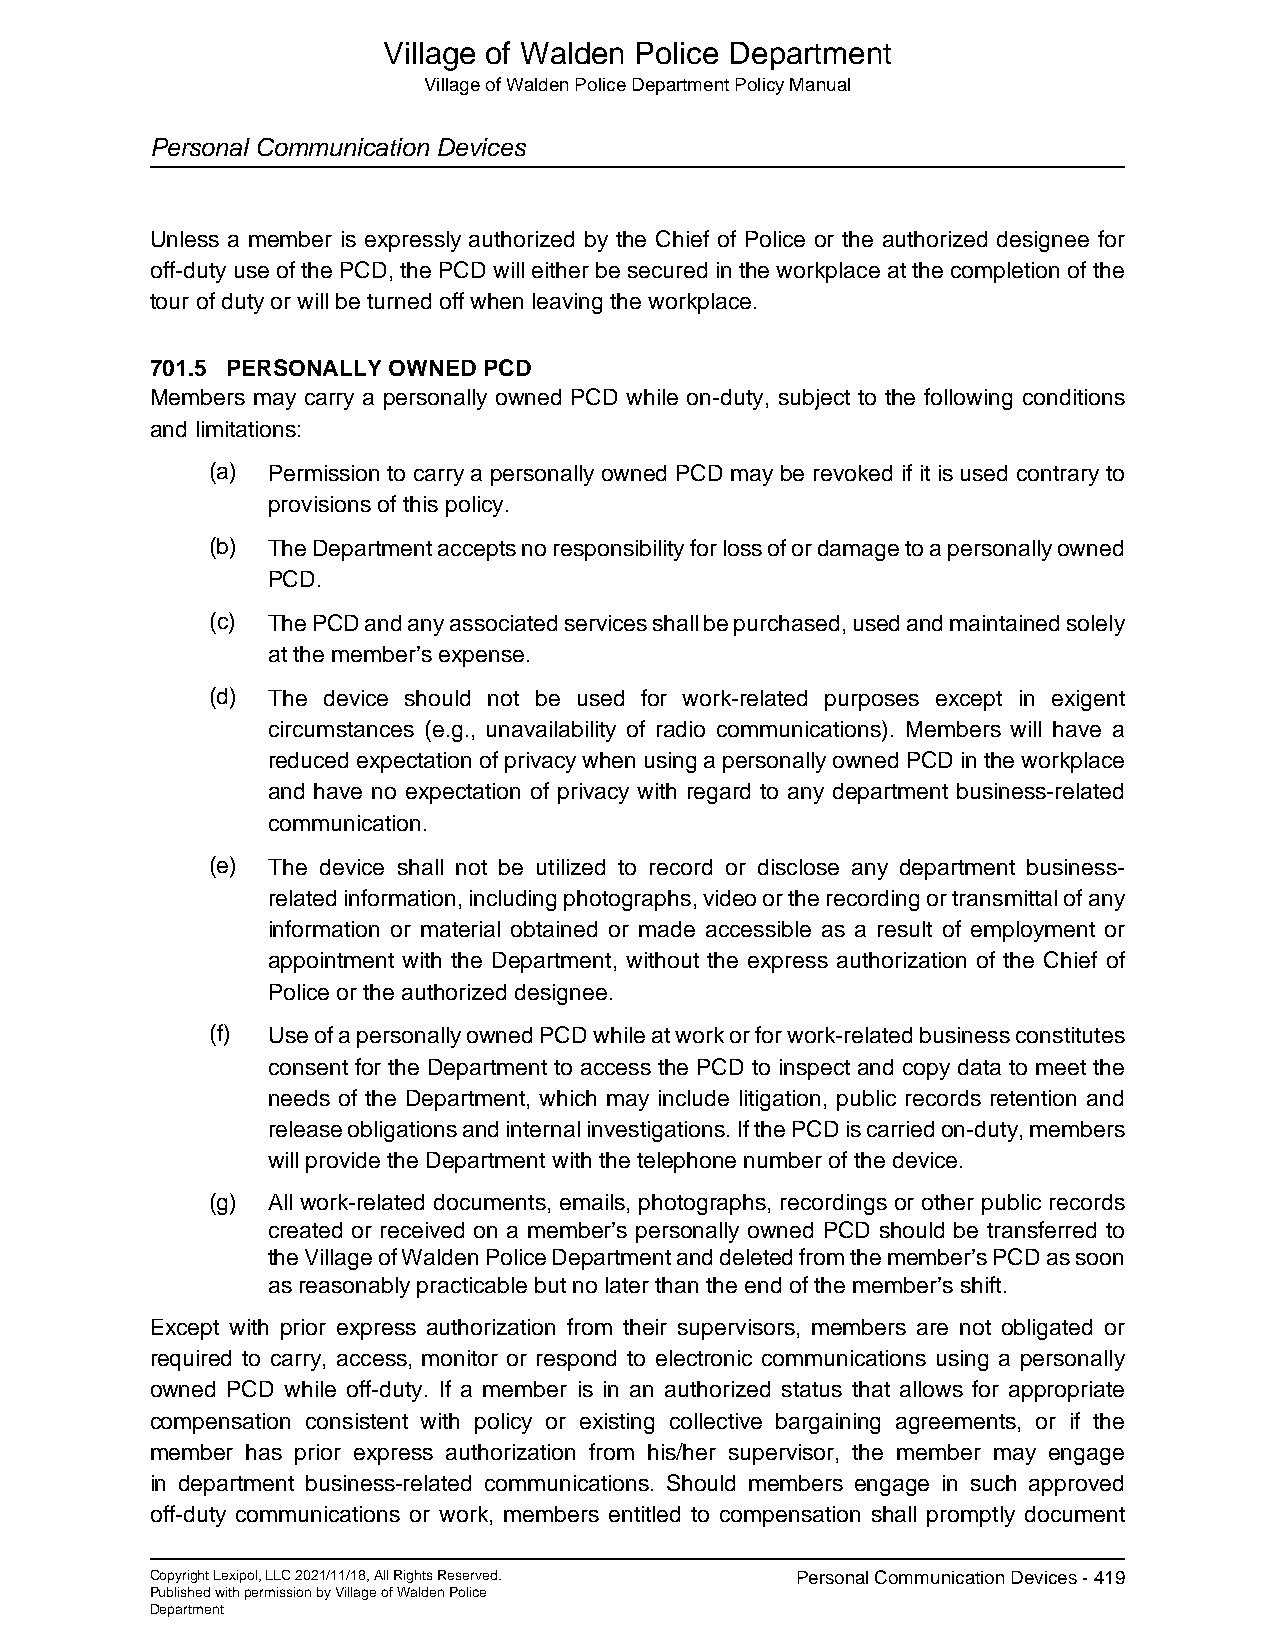
Village of Walden Police Department
 Village of Walden Police Department Policy Manual
 Personal Communication Devices
 Unless a member is expressly authorized by the Chief of Police or the authorized designee for
 off-duty use of the PCD, the PCD will either be secured in the workplace at the completion of the
 tour of duty or will be turned off when leaving the workplace.
 701.5 PERSONALLY OWNED PCD
 Members may carry a personally owned PCD while on-duty, subject to the following conditions
 and limitations:
 (a) Permission to carry a personally owned PCD may be revoked if it is used contrary to
 provisions of this policy.
 (b) The Department accepts no responsibility for loss of or damage to a personally owned
 PCD.
 (c) The PCD and any associated services shall be purchased, used and maintained solely
 at the member’s expense.
 (d) The device should not be used for work-related purposes except in exigent
 circumstances (e.g., unavailability of radio communications). Members will have a
 reduced expectation of privacy when using a personally owned PCD in the workplace
 and have no expectation of privacy with regard to any department business-related
 communication.
 (e) The device shall not be utilized to record or disclose any department business-
 related information, including photographs, video or the recording or transmittal of any
 information or material obtained or made accessible as a result of employment or
 appointment with the Department, without the express authorization of the Chief of
 Police or the authorized designee.
 (f) Use of a personally owned PCD while at work or for work-related business constitutes
 consent for the Department to access the PCD to inspect and copy data to meet the
 needs of the Department, which may include litigation, public records retention and
 release obligations and internal investigations. If the PCD is carried on-duty, members
 will provide the Department with the telephone number of the device.
 (g) All work-related documents, emails, photographs, recordings or other public records
 created or received on a member’s personally owned PCD should be transferred to
 the Village of Walden Police Department and deleted from the member’s PCD as soon
 as reasonably practicable but no later than the end of the member’s shift.
 Except with prior express authorization from their supervisors, members are not obligated or
 required to carry, access, monitor or respond to electronic communications using a personally
 owned PCD while off-duty. If a member is in an authorized status that allows for appropriate
 compensation consistent with policy or existing collective bargaining agreements, or if the
 member has prior express authorization from his/her supervisor, the member may engage
 in department business-related communications. Should members engage in such approved
 off-duty communications or work, members entitled to compensation shall promptly document
 Copyright Lexipol, LLC 2021/11/18, All Rights Reserved. Personal Communication Devices - 419
 Published with permission by Village of Walden Police
 Department